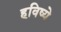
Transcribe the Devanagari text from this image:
हविष्ये